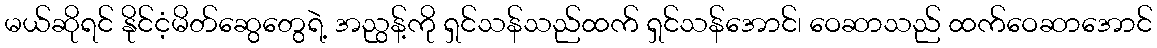
မယ်ဆိုရင် နိုင်ငံ့မိတ်ဆွေတွေရဲ့ အညွန့်ကို ရှင်သန်သည်ထက် ရှင်သန်အောင်၊ ဝေဆာသည် ထက်ဝေဆာအောင်